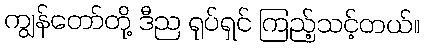
ကျွန်တော်တို့ ဒီည ရုပ်ရှင် ကြည့်သင့်တယ်။